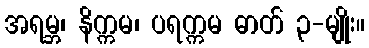
အရမ္ဘ၊ နိက္ကမ၊ ပရက္ကမ ဓာတ် ၃-မျိုး။